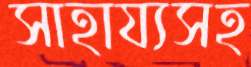
সাহায্যসহ